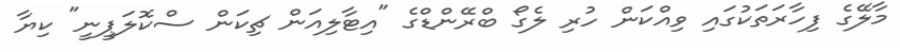
މާލޭގެ ފިހާރަތަކުގައި ވިއްކަން ހުރި ލެގޯ ބްރޭންޑްގެ "އިޓާލިއަން ޗިކަން ސްކޮލަޕީނީ" ކިޔާ